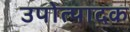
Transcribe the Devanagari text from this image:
उपोत्पादक